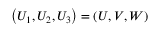
\left( U _ { 1 } , U _ { 2 } , U _ { 3 } \right) = \left( U , V , W \right)